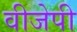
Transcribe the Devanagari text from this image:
वीजेपी